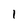
Character: 1